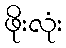
ဖိုးလုံး